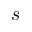
s